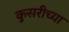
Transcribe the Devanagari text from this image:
कुसरीच्या